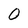
Character: O